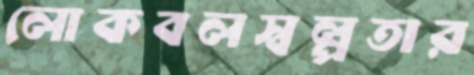
লোকবলস্বল্পতার